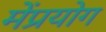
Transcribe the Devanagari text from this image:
मेंप्रयोग